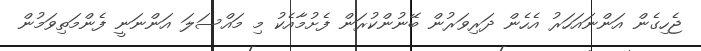
ޖެހިގެން އަންނައަހަރު އެހެން ދަރިވަރުން ބޭނުންކުރަން ފެށުމާއެކު މި މައްސަލަ އަންނަނީ ފެންމަތިވަމުން